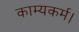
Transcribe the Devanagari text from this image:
काम्यकर्म।